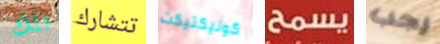
تلك تتشارك كونيكتيكت يسمح يجب